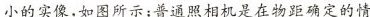
小的实像，如图所示；普通照相机是在物距确定的情